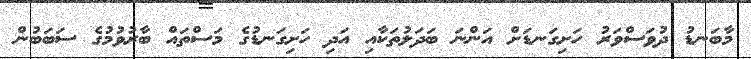
މާބަނޑު ދުވަސްވަރު ހަށިގަނޑަށް އަންނަ ބަދަލުތަކާއި އަދި ހަށިގަނޑުގެ މަސްތައް ބާރުވުމުގެ ސަބަބުން